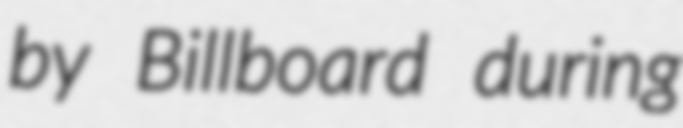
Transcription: by Billboard during